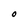
Character: O